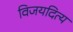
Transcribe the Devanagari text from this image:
विजयदित्य